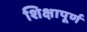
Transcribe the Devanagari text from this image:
शिक्षापूर्ण